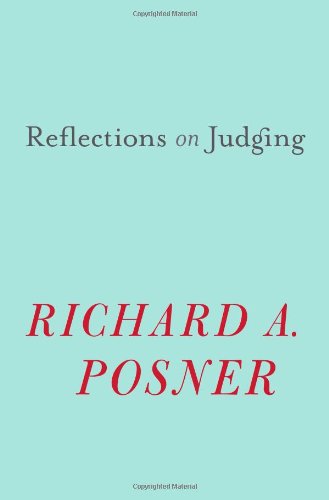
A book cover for Reflections on Judging; Richard A. Posner; Law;